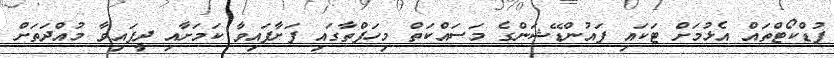
ފުޑްކޯޓްތައް އެޅުމަށް ޓަކައި ފައުންޑޭޝަންގެ މަސައްކަތް މިހަފްތާގައި ފަށާފައިވާ ކަމަށާއި ދީފައިވާ މުއްދަތަށް